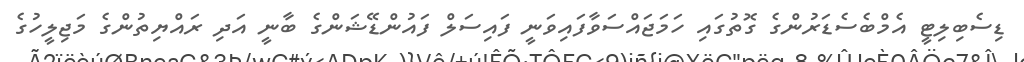
ޑިސެބިލިޓީ އެމްބެސެޑަރުންގެ ގޮތުގައި ހަމަޖައްސަވާފައިވަނީ ފައިސަލް ފައުންޑޭޝަންގެ ބާނީ އަދި ރައްޔިތުންގެ މަޖިލީހުގެ